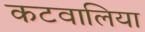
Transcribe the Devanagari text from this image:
कटवालिया